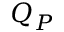
Q _ { P }